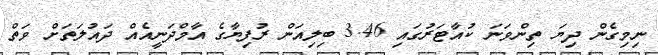
ނިމިގެން ދިޔަ ތިންވަނަ ކުއާޓަރުގައި 3.46 ބިލިއަން ރުފިޔާގެ އާމްދަނީއެއް ދައުލަތަަށް ވަތް